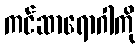
ကင်ဆာရောဂါကို